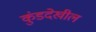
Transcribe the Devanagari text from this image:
कुंडदेखील